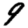
Digit: 9